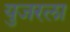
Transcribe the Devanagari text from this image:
युजरला